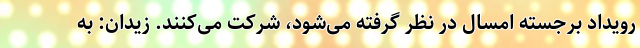
رویداد برجسته امسال در نظر گرفته می‌شود، شرکت می‌کنند. زیدان: به